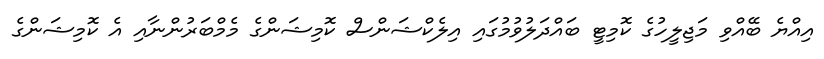
އިއްޔެ ބޭއްވި މަޖިލީހުގެ ކޮމިޓީ ބައްދަލުވުމުގައި އިލެކްޝަންސް ކޮމިޝަންގެ މެމްބަރުންނާއި އެ ކޮމިޝަންގެ